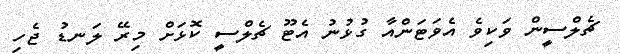
ޗެލްސީން ވަކިވެ އެވަޓަންއާ ގުޅުނު އެޓޫ ޗެލްސީ ކޮޅަށް މިރޭ ލަނޑު ޖެހި